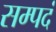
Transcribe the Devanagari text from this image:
सम्पदं